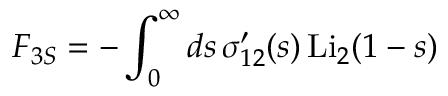
F _ { 3 S } = - \int _ { 0 } ^ { \infty } d s \, \sigma _ { 1 2 } ^ { \prime } ( s ) \, \mathrm { L i } _ { 2 } ( 1 - s )